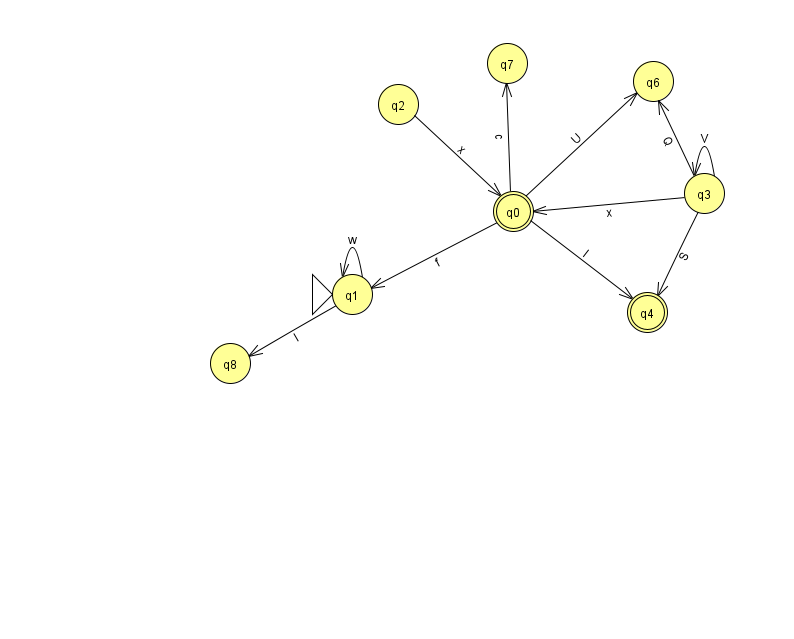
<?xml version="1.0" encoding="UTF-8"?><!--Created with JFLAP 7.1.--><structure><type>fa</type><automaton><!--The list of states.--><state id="0" name="q0"><x>513.0</x><y>198.0</y><final/></state><state id="1" name="q1"><x>352.0</x><y>281.0</y><initial/></state><state id="2" name="q2"><x>398.0</x><y>91.0</y></state><state id="3" name="q3"><x>704.0</x><y>180.0</y></state><state id="4" name="q4"><x>647.0</x><y>299.0</y><final/></state><state id="6" name="q6"><x>653.0</x><y>68.0</y></state><state id="7" name="q7"><x>507.0</x><y>50.0</y></state><state id="8" name="q8"><x>230.0</x><y>350.0</y></state><!--The list of transitions.--><transition><from>0</from><to>1</to><read>f</read></transition><transition><from>2</from><to>0</to><read>x</read></transition><transition><from>0</from><to>7</to><read>c</read></transition><transition><from>0</from><to>4</to><read>I</read></transition><transition><from>1</from><to>8</to><read>l</read></transition><transition><from>3</from><to>3</to><read>V</read></transition><transition><from>3</from><to>4</to><read>S</read></transition><transition><from>3</from><to>6</to><read>Q</read></transition><transition><from>1</from><to>1</to><read>w</read></transition><transition><from>3</from><to>0</to><read>x</read></transition><transition><from>0</from><to>6</to><read>U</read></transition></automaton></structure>